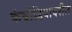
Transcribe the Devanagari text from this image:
कंबोडियावरील